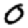
Digit: 0